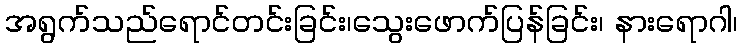
အရွက်သည်ရောင်တင်းခြင်း၊သွေးဖောက်ပြန်ခြင်း၊ နားရောဂါ၊